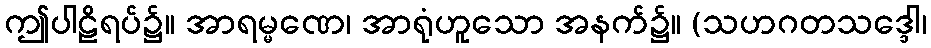
ဤပါဠိရပ်၌။ အာရမ္မဏေ၊ အာရုံဟူသော အနက်၌။ (သဟဂတသဒ္ဒေါ၊